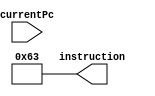
module InstructionMemory
    (currentPc, instruction);
    parameter delay =10;
    parameter dataWidth=64;
    parameter memWidth=64;

    input [dataWidth-1:0] currentPc;
    output reg [dataWidth-1:0] instruction;
    reg [7:0] memory [memWidth-1:0];

    integer i;
    initial
    begin
        for ( i=0 ;i<memWidth-1;i = i + 1)
            memory[i] = 0;
        //r-format -51-
        memory[0] = 8'b00110011;
        //ld  -3-
        memory[4] =  8'b00000011;
        //sd -35-
        memory[8] = 8'b00100011;
        //beq -99-
        memory[12] = 8'b01100011;
    end

//    assign  instruction[7:0] = memory[currentPc];
//    assign  instruction[15:8] = memory[currentPc+1];
//    assign  instruction[23:16] = memory[currentPc+2];
//    assign  instruction[31:24] = memory[currentPc+3];
//    assign instruction [63:32] = {memory[currentPc+4],memory[currentPc+5],memory[currentPc+6],memory[currentPc+7]};
	
    //assign  instruction[7:0] = 8'b00100011;
	//assign instruction[63:8] = 0;
always
begin
	//sd -35-
	instruction[7:0] = 8'b00100011;
	instruction[63:8] = 0;
		
	#delay 
		begin//ld -3-
		instruction[7:0] =8'b00000011;
		instruction[63:8] = 0;
		end
	#delay
		begin //r-format -51- -sum-
		instruction [63:0] = 0;
		instruction[7:0] =8'b00110011;
		instruction[14:12] = 3'b000;
		instruction[31:25] = 7'b0000000;
		end
	#delay
		begin//r-format -51- -mines-
		instruction [63:0] = 0;
		instruction[7:0] =8'b00110011;
		instruction[14:12] = 3'b000;
		instruction[31:25] = 7'b0100000;
		end
	#delay
		begin//beq -99-
		instruction[7:0] =8'b01100011;
		instruction[63:8] = 0;
		end
	#delay
		begin
		end
end
    

endmodule